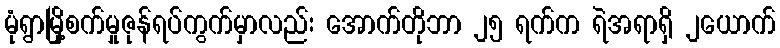
မုံရွာမြို့စက်မှုဇုန်ရပ်ကွက်မှာလည်း အောက်တိုဘာ ၂၅ ရက်က ရဲအရာရှိ ၂ယောက်